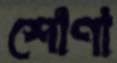
শোণা